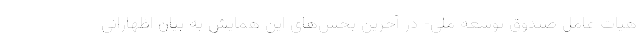
هیات عامل صندوق توسعه ملی- در آخرین بخش‌های این همایش به بیان اظهاراتی